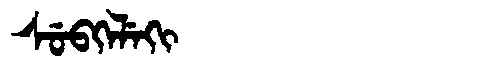
Manchu: ᠰᡠᠪᡴᡝᠯᡝᡴᡳ
Romanization: SUBKELEKI